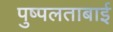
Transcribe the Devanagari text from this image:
पुष्पलताबाई